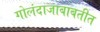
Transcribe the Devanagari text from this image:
गोलंदाजाबाबतीत